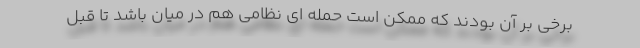
برخی بر آن بودند که ممکن است حمله ای نظامی هم در میان باشد تا قبل